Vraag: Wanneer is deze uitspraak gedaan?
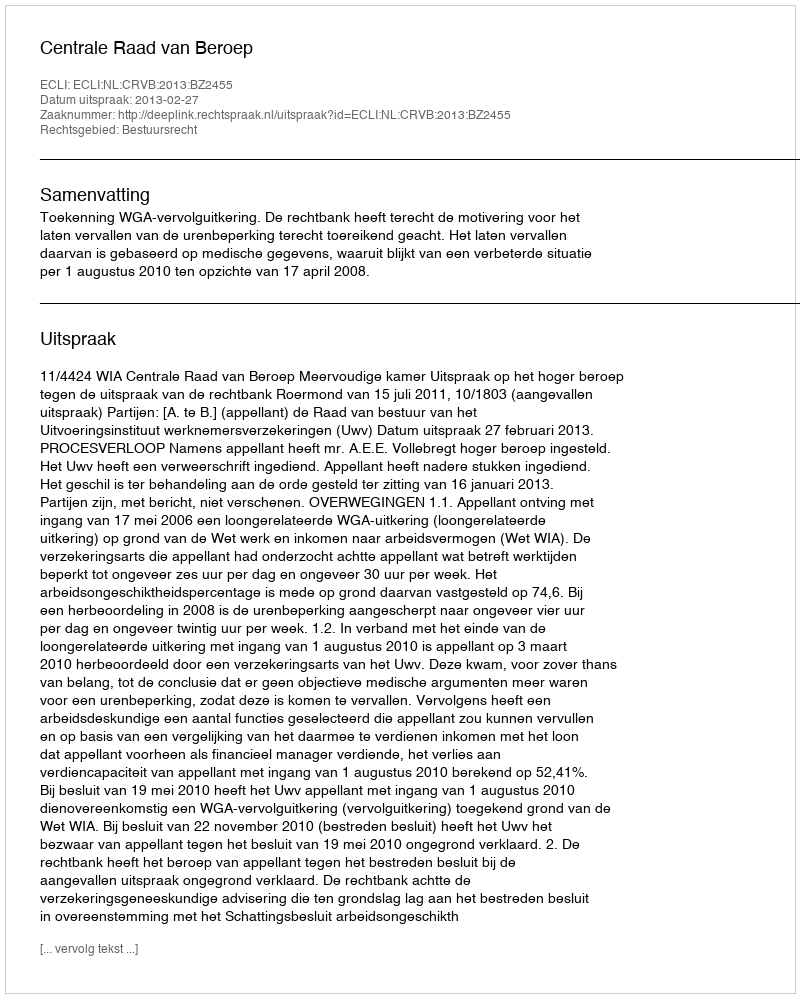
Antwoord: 2013-02-27